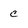
Character: C